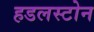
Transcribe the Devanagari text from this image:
हडलस्टोन